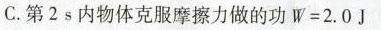
C.第2s内物体克服摩擦力做的功 $$W = 2.0 J$$